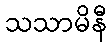
သသာမိနီ